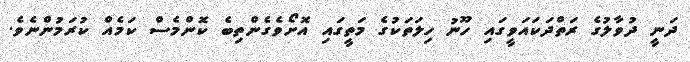
ދަނީ ދުވާލުގެ ރަތްދަކައަވީގައި ހޫނު ހިލަތަކުގެ މަތީގައި އޮށޯވެގެންތިބެ ކޮންމެސް ކަމެއް ކުރަމުންނެވެ.